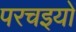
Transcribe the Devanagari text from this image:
परचइयों